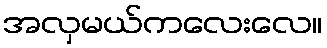
အလှမယ်ကလေးလေ။